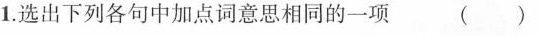
1.选出下列各句中加点词意思相同的一项( )